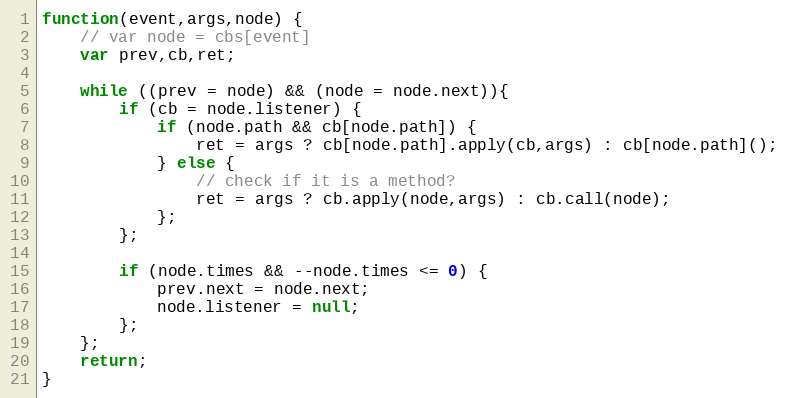
Language: JavaScript
function(event,args,node) {
	// var node = cbs[event]
	var prev,cb,ret;

	while ((prev = node) && (node = node.next)){
		if (cb = node.listener) {
			if (node.path && cb[node.path]) {
				ret = args ? cb[node.path].apply(cb,args) : cb[node.path]();
			} else {
				// check if it is a method?
				ret = args ? cb.apply(node,args) : cb.call(node);
			};
		};

		if (node.times && --node.times <= 0) {
			prev.next = node.next;
			node.listener = null;
		};
	};
	return;
}